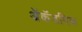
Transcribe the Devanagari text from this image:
अॅकॅडमिक